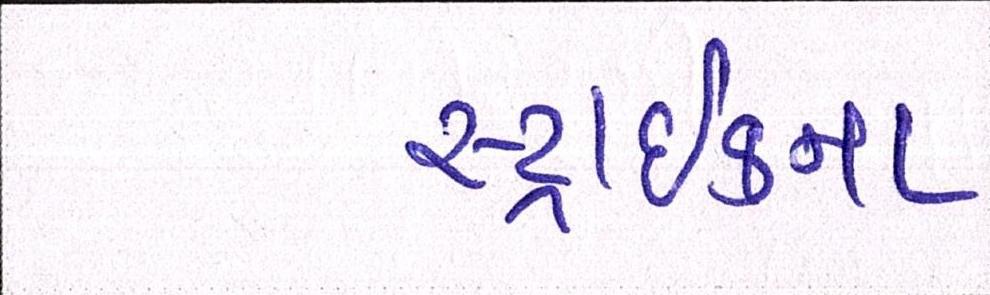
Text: સ્ટ્રાઈકના